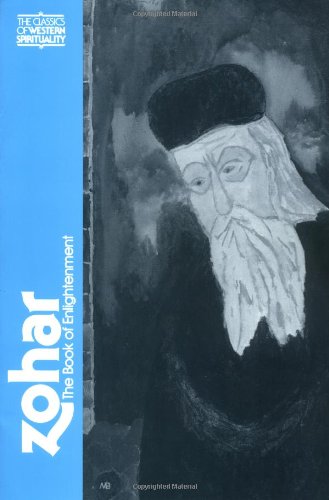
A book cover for Zohar: The Book of Enlightenment (Classics of Western Spirituality); Religion & Spirituality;